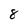
Character: 8